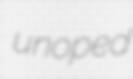
unoped